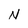
Character: N